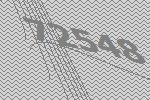
72548